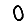
Digit: 0